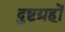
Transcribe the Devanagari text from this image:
दुष्टग्रहों